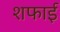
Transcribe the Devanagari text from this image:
शफाई